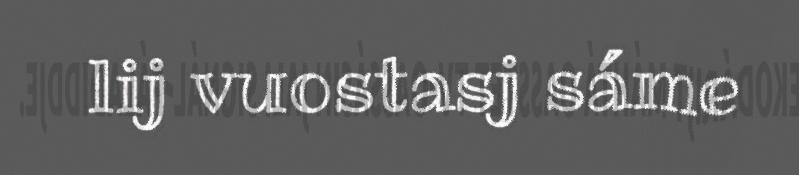
lij vuostasj sáme